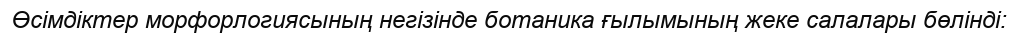
Өсімдіктер морфорлогиясының негізінде ботаника ғылымының жеке салалары бөлінді: